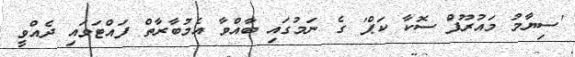
'ސިޔާމު މައުރޫފް ސޮކާ ކަޕް' ގެ ނަމުގައި ބާއްވާ އެމުބާރާތް ފައްޓަވައި ދެއްވީ